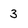
Character: 3